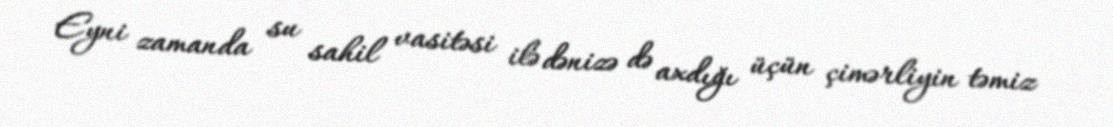
Eyni zamanda su sahil vasitəsi ilə dənizə də axdığı üçün çimərliyin təmiz